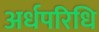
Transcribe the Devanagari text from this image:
अर्धपरिधि